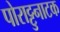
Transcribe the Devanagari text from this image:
पोराट्टुनाटक